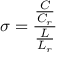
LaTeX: \sigma = { \frac { \frac { C } { C _ { r } } } { \frac { L } { L _ { r } } } }